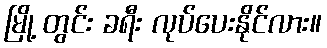
မြို့ တွင်း ခရီး လုပ်ပေးနိုင်လား။